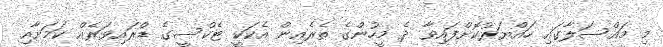
މި މައްސަލާގައި ހައްޔަރުކޮށްފައިވާ ދެ މީހުންގެ ތެރެއިން އެކަކީ ޓެކްސީގެ ޑްރައިވަރެއް ކަމަށާއި